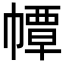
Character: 𢅀